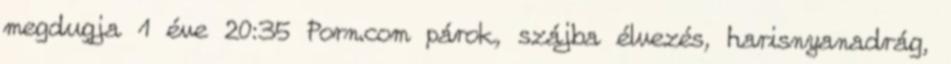
megdugja 1 éve 20:35 Porn.com párok, szájba élvezés, harisnyanadrág,